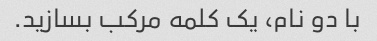
با دو نام، یک کلمه مرکب بسازید.